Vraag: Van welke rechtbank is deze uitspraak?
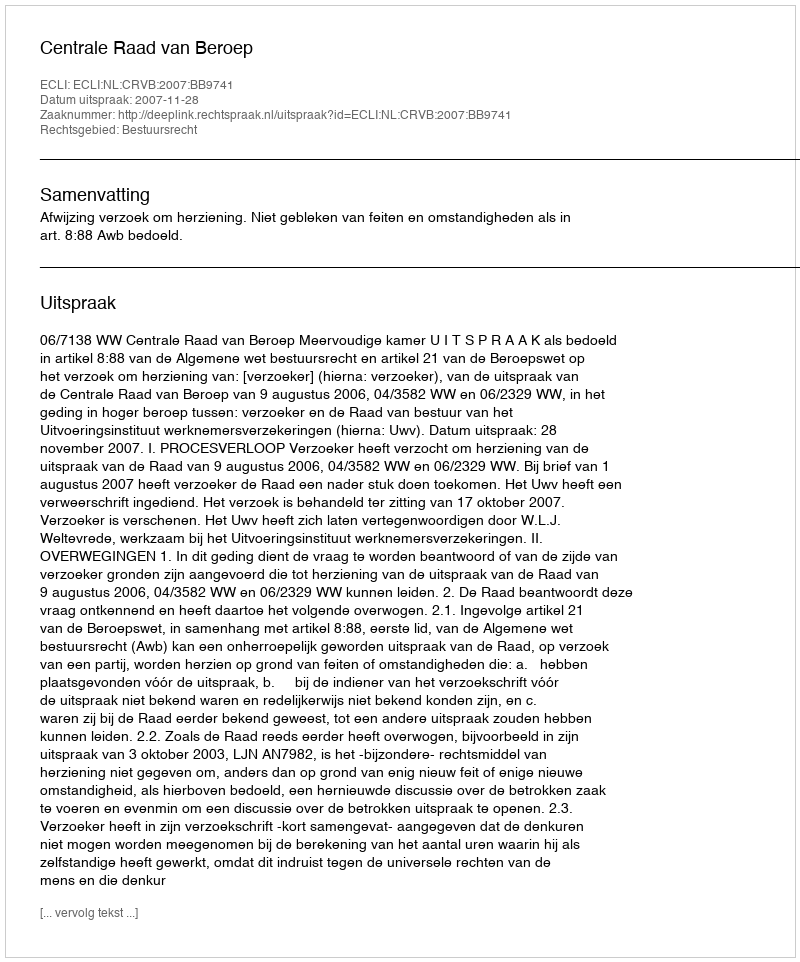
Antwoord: Centrale Raad van Beroep